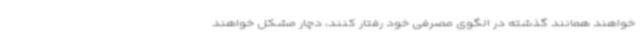
خواهند همانند گذشته در الگوی مصرفی خود رفتار کنند، دچار مشکل خواهند